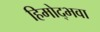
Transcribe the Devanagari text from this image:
हिमोद्भवा